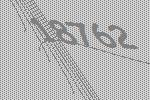
18762